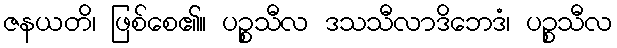
ဇနယတိ၊ ဖြစ်စေ၏။ ပဉ္စသီလ ဒသသီလာဒိဘေဒံ၊ ပဉ္စသီလ